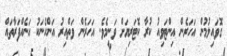
ގޮވައިލުމުން އަހަރެން އިންޓަވިއު ކުރާ ކޮޓަރިޔަށް ވަނީމެވެ. އަހަރެން ވަތްއިރު އަންހެނަކު އަނެއްފަރާތައް